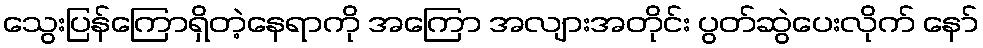
သွေးပြန်ကြောရှိတဲ့နေရာကို အကြော အလျားအတိုင်း ပွတ်ဆွဲပေးလိုက် နော်